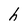
Character: h